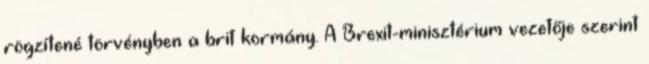
rögzítené törvényben a brit kormány. A Brexit-minisztérium vezetője szerint